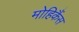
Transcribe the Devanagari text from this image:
मोहिकैंस